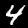
Label: 4